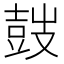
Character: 𡔷